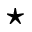
\star